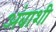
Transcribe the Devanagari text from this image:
अंबाशी